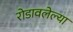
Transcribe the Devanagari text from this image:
रोडावलेल्या